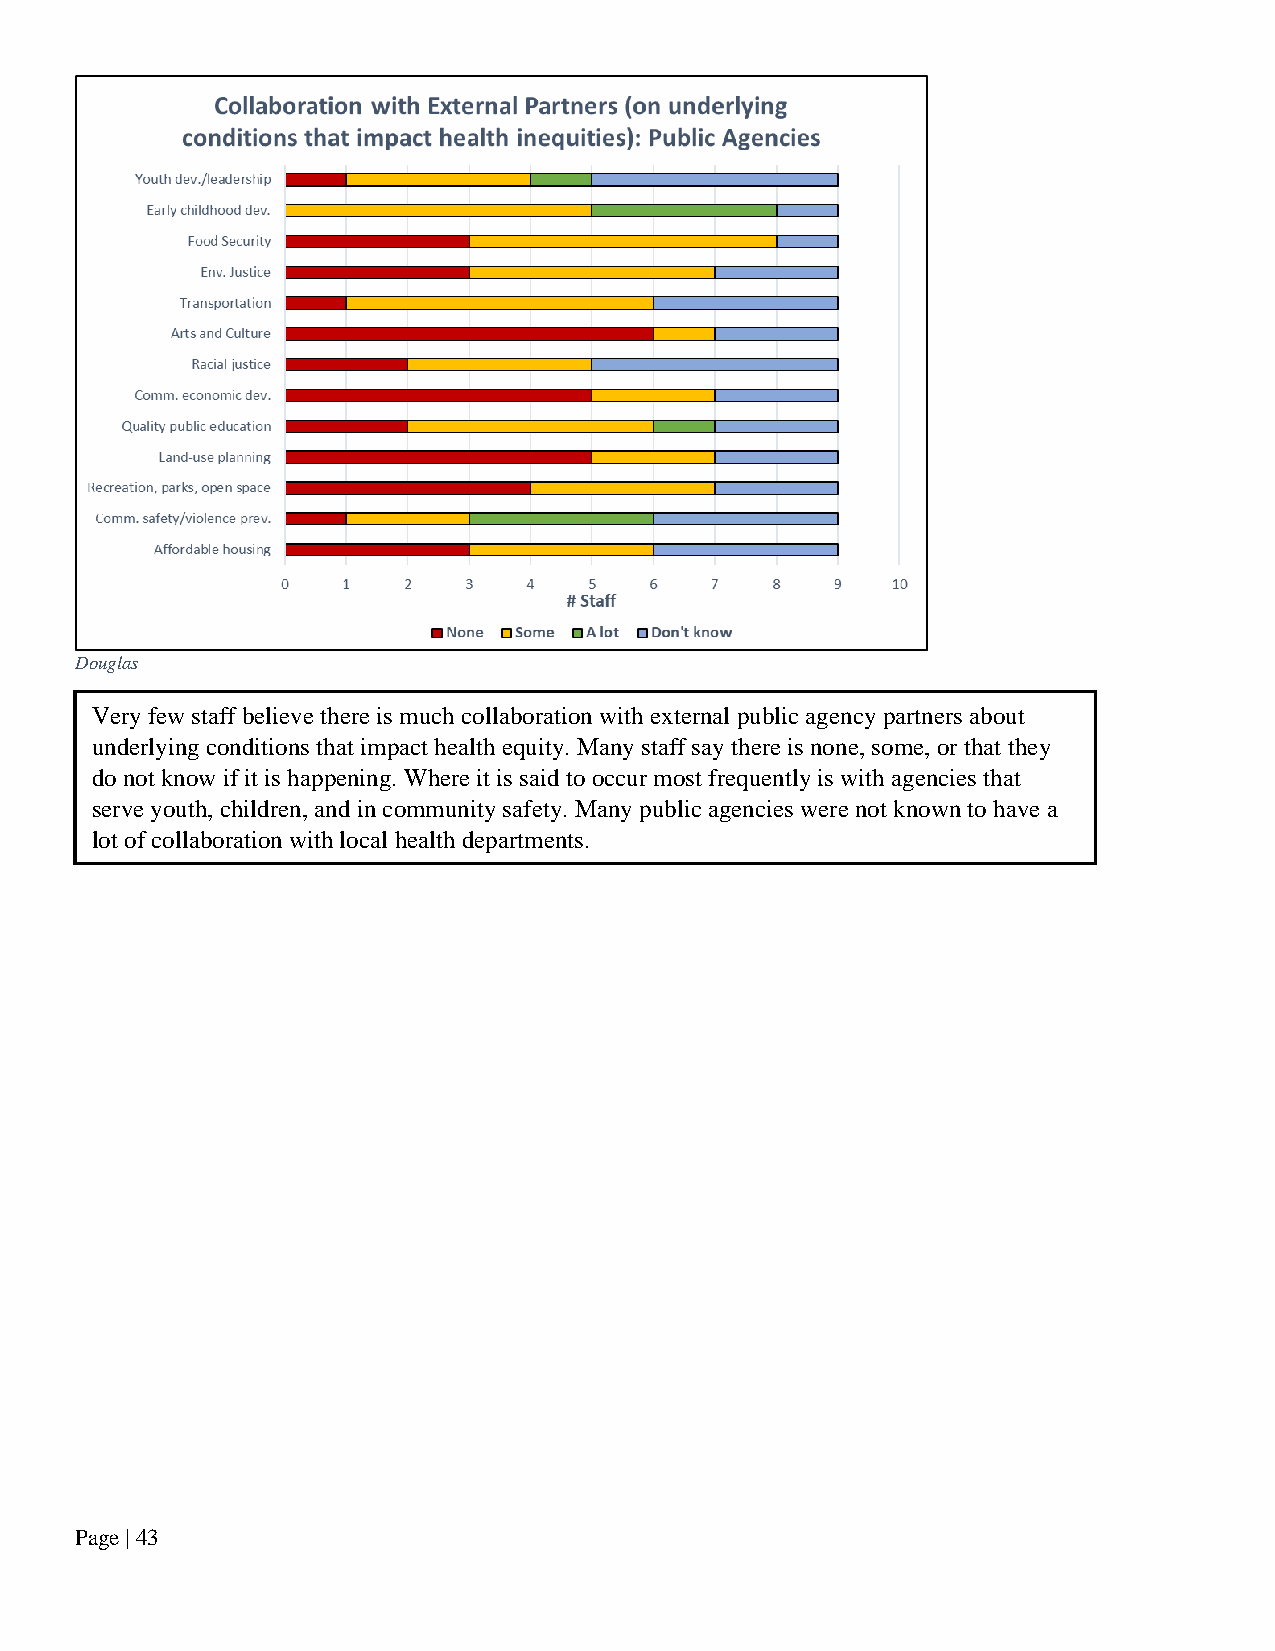
Douglas
 Very few staff believe there is much collaboration with external public agency partners about
 underlying conditions that impact health equity. Many staff say there is none, some, or that they
 do not know if it is happening. Where it is said to occur most frequently is with agencies that
 serve youth, children, and in community safety. Many public agencies were not known to have a
 lot of collaboration with local health departments.
 Page | 43